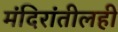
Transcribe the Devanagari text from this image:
मंदिरांतीलही